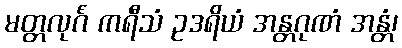
မတ္တလုင်္ဂံ ကရီသံ ဥဒရိယံ အန္တဂုဏံ အန္တံ၊